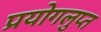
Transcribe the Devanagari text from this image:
प्रयोगलुप्त